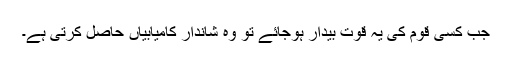
جب کسی قوم کی یہ قوت بیدار ہوجائے تو وہ شاندار کامیابیاں حاصل کرتی ہے۔